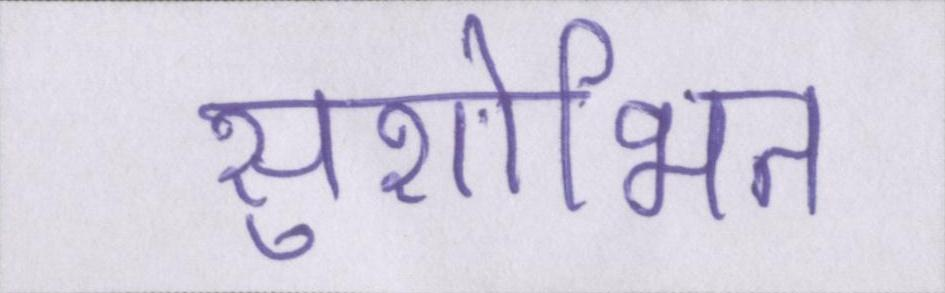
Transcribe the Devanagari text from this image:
सुशोभित